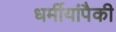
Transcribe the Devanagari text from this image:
धर्मीयांपैकी